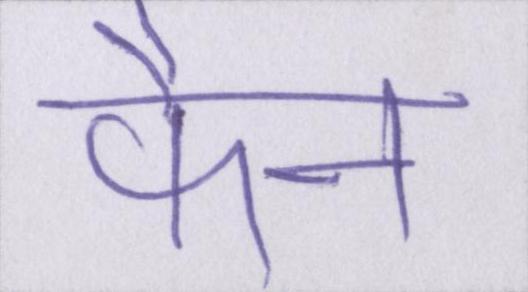
फैन